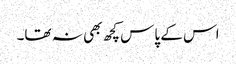
اس کے پاس کچھ بھی نہ تھا۔